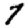
Digit: 7